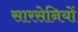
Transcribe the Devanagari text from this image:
सारसेनियों